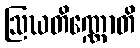
ဩဃတိဏ္ဏောတိ